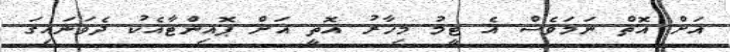
އަށް އޮތް ނަމަވެސް އެ ޓީމު މިހާރު އޮތީ އަށް ޕޮއިންޓާއެކު ދެވަނައިގަ